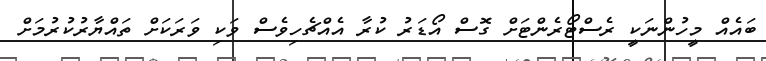
ބައެއް މީހުންނަކީ ރެސްޓޯރެންޓަށް ގޮސް އޯޑަރު ކުރާ އެއްޗެހިވެސް ވަކި ވަރަކަށް ތައްޔާރުކުރުމަށް